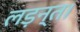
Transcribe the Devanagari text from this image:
लड़न्त।